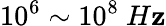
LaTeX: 10^{6}\sim10^{8}~H\mathbf{z}